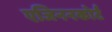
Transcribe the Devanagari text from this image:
एजिननकोर्ट